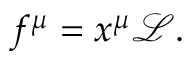
f ^ { \mu } = x ^ { \mu } { \mathcal { L } } .